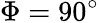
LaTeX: \Phi=90^{\circ}